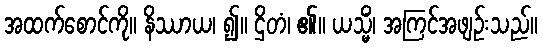
အထက်စောင်ကို။ နိဿာယ၊ ၍။ ဌိတံ၊ ၏။ ယသ္မိံ၊ အကြင်အဖျဉ်းသည်။